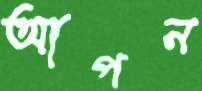
আপন